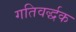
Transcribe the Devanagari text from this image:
गतिवर्द्धक